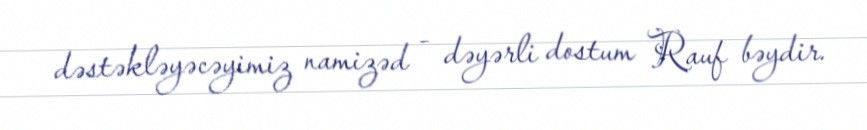
dəstəkləyəcəyimiz namizəd - dəyərli dostum Rauf bəydir.